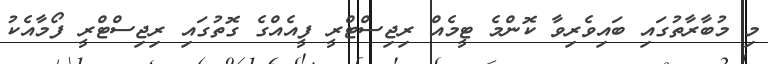
މި މުބާރާތުގައި ބައިވެރިވާ ކޮންމެ ޓީމެއް ރިޖިސްޓްރީ ފީއެއްގެ ގޮތުގައި ރިޖިސްޓްރީ ފޯމާއެކު